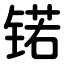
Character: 锘